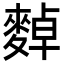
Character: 𪍈